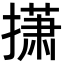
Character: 𫾃